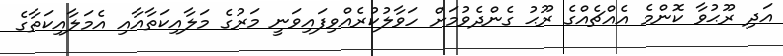
އަދި ރޫޙުވާ ކޮންމެ އެއްޗެއްގެ ރޫޙު ގެންދެވުމަށް ހަވާލުކުރެއްވިފައިވަނީ މަރުގެ މަލާއިކަތާއާއި އެމަލާއިކަތާގެ